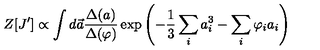
Z [ J ^ { \prime } ] \propto \int d \vec { a } \frac { \Delta ( a ) } { \Delta { ( \varphi ) } } \exp \left( - \frac { 1 } { 3 } \sum _ { i } a _ { i } ^ { 3 } - \sum _ { i } \varphi _ { i } a _ { i } \right)